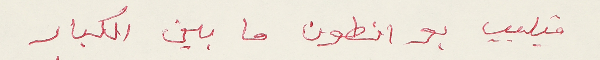
فيليب بو انطون ما بين الكبار